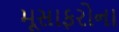
મૂસાફરોના